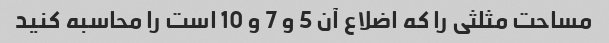
مساحت مثلثی را که اضلاع آن 5 و 7 و 10 است را محاسبه کنید